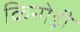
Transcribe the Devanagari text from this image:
किनोड़ी